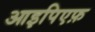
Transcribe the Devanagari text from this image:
आइपिएफ़